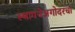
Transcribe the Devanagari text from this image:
स्थापनेअगोदरचा